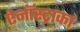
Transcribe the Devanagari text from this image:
ऐनॉस्ट्राका